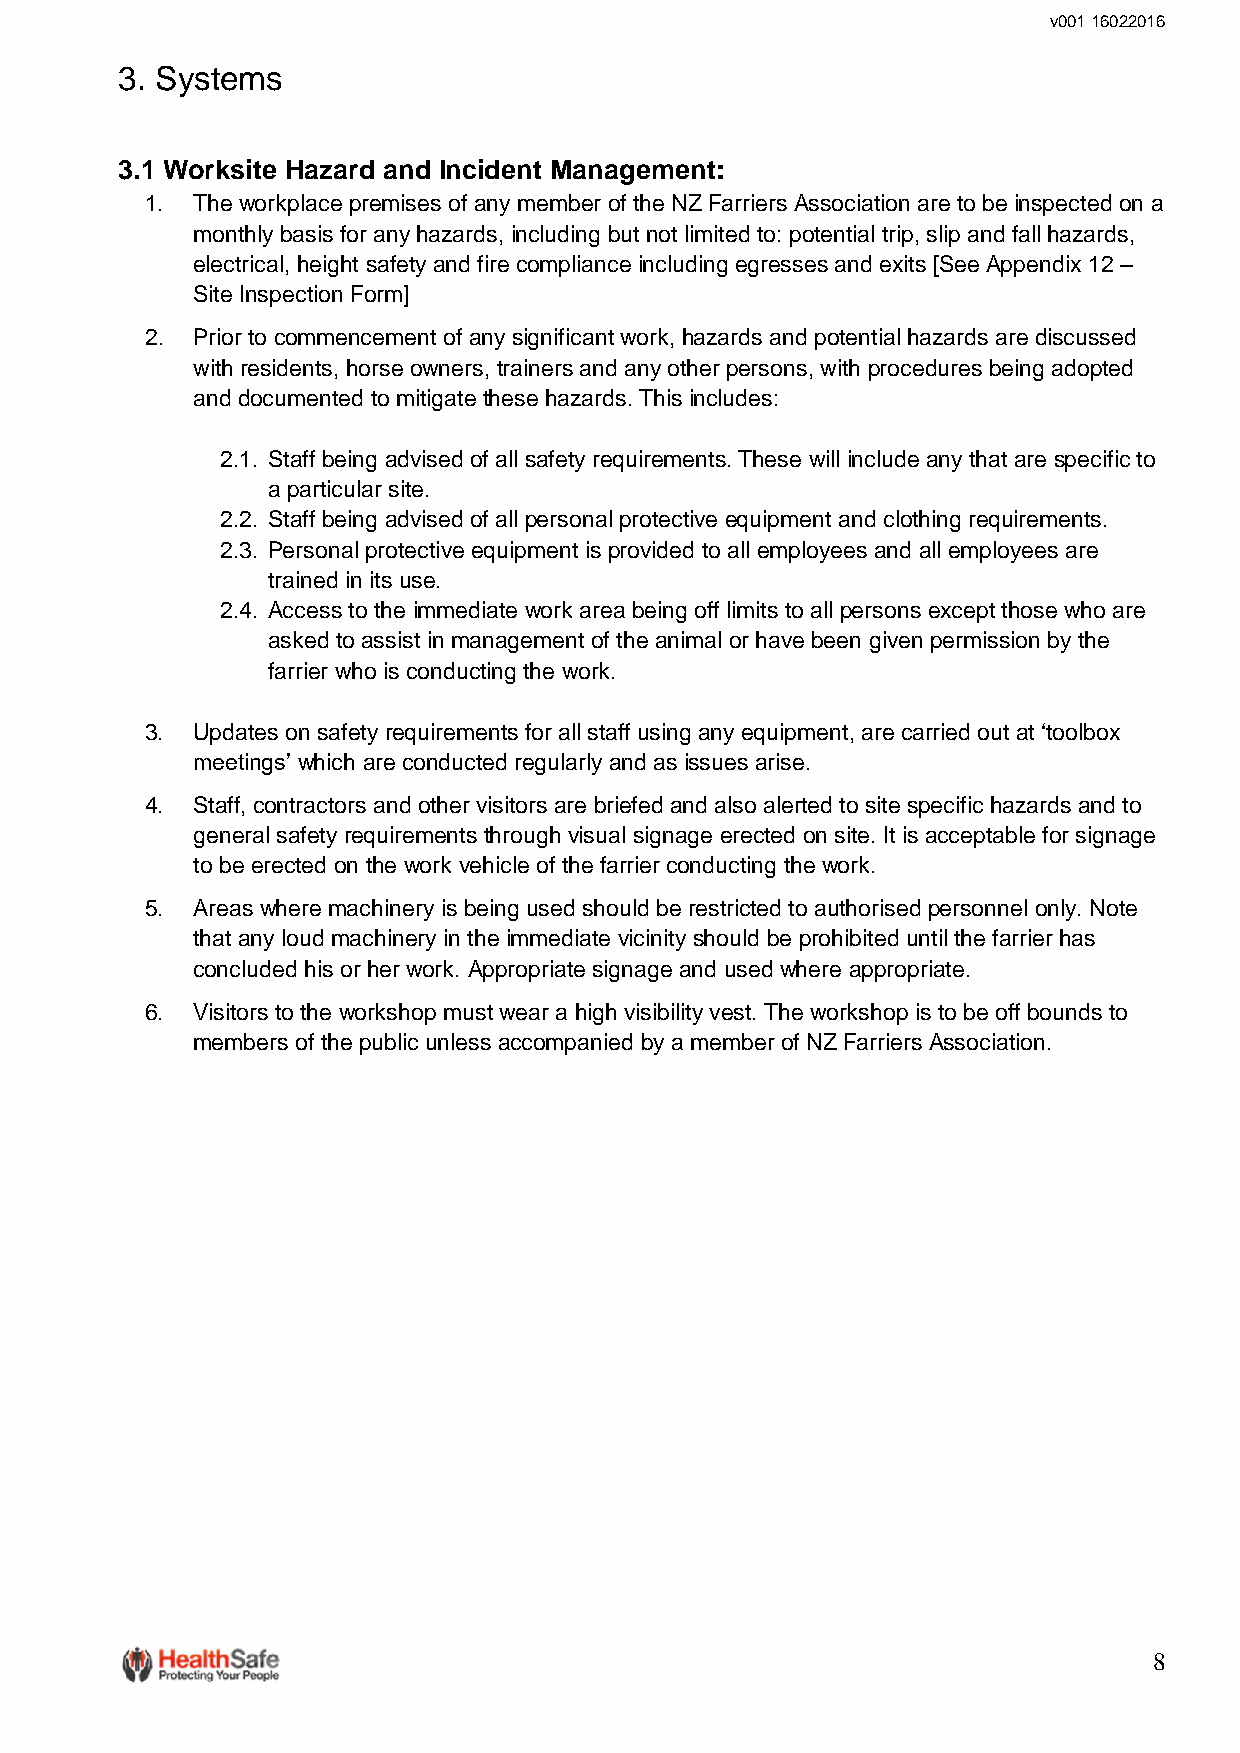
v001 16022016
 3. Systems
 3.1 Worksite Hazard and Incident Management:
 1. The workplace premises of any member of the NZ Farriers Association are to be inspected on a
 monthly basis for any hazards, including but not limited to: potential trip, slip and fall hazards,
 electrical, height safety and fire compliance including egresses and exits [See Appendix 12 –
 Site Inspection Form]
 2. Prior to commencement of any significant work, hazards and potential hazards are discussed
 with residents, horse owners, trainers and any other persons, with procedures being adopted
 and documented to mitigate these hazards. This includes:
 2.1. Staff being advised of all safety requirements. These will include any that are specific to
 a particular site.
 2.2. Staff being advised of all personal protective equipment and clothing requirements.
 2.3. Personal protective equipment is provided to all employees and all employees are
 trained in its use.
 2.4. Access to the immediate work area being off limits to all persons except those who are
 asked to assist in management of the animal or have been given permission by the
 farrier who is conducting the work.
 3. Updates on safety requirements for all staff using any equipment, are carried out at ‘toolbox
 meetings’ which are conducted regularly and as issues arise.
 4. Staff, contractors and other visitors are briefed and also alerted to site specific hazards and to
 general safety requirements through visual signage erected on site. It is acceptable for signage
 to be erected on the work vehicle of the farrier conducting the work.
 5. Areas where machinery is being used should be restricted to authorised personnel only. Note
 that any loud machinery in the immediate vicinity should be prohibited until the farrier has
 concluded his or her work. Appropriate signage and used where appropriate.
 6. Visitors to the workshop must wear a high visibility vest. The workshop is to be off bounds to
 members of the public unless accompanied by a member of NZ Farriers Association.
 8